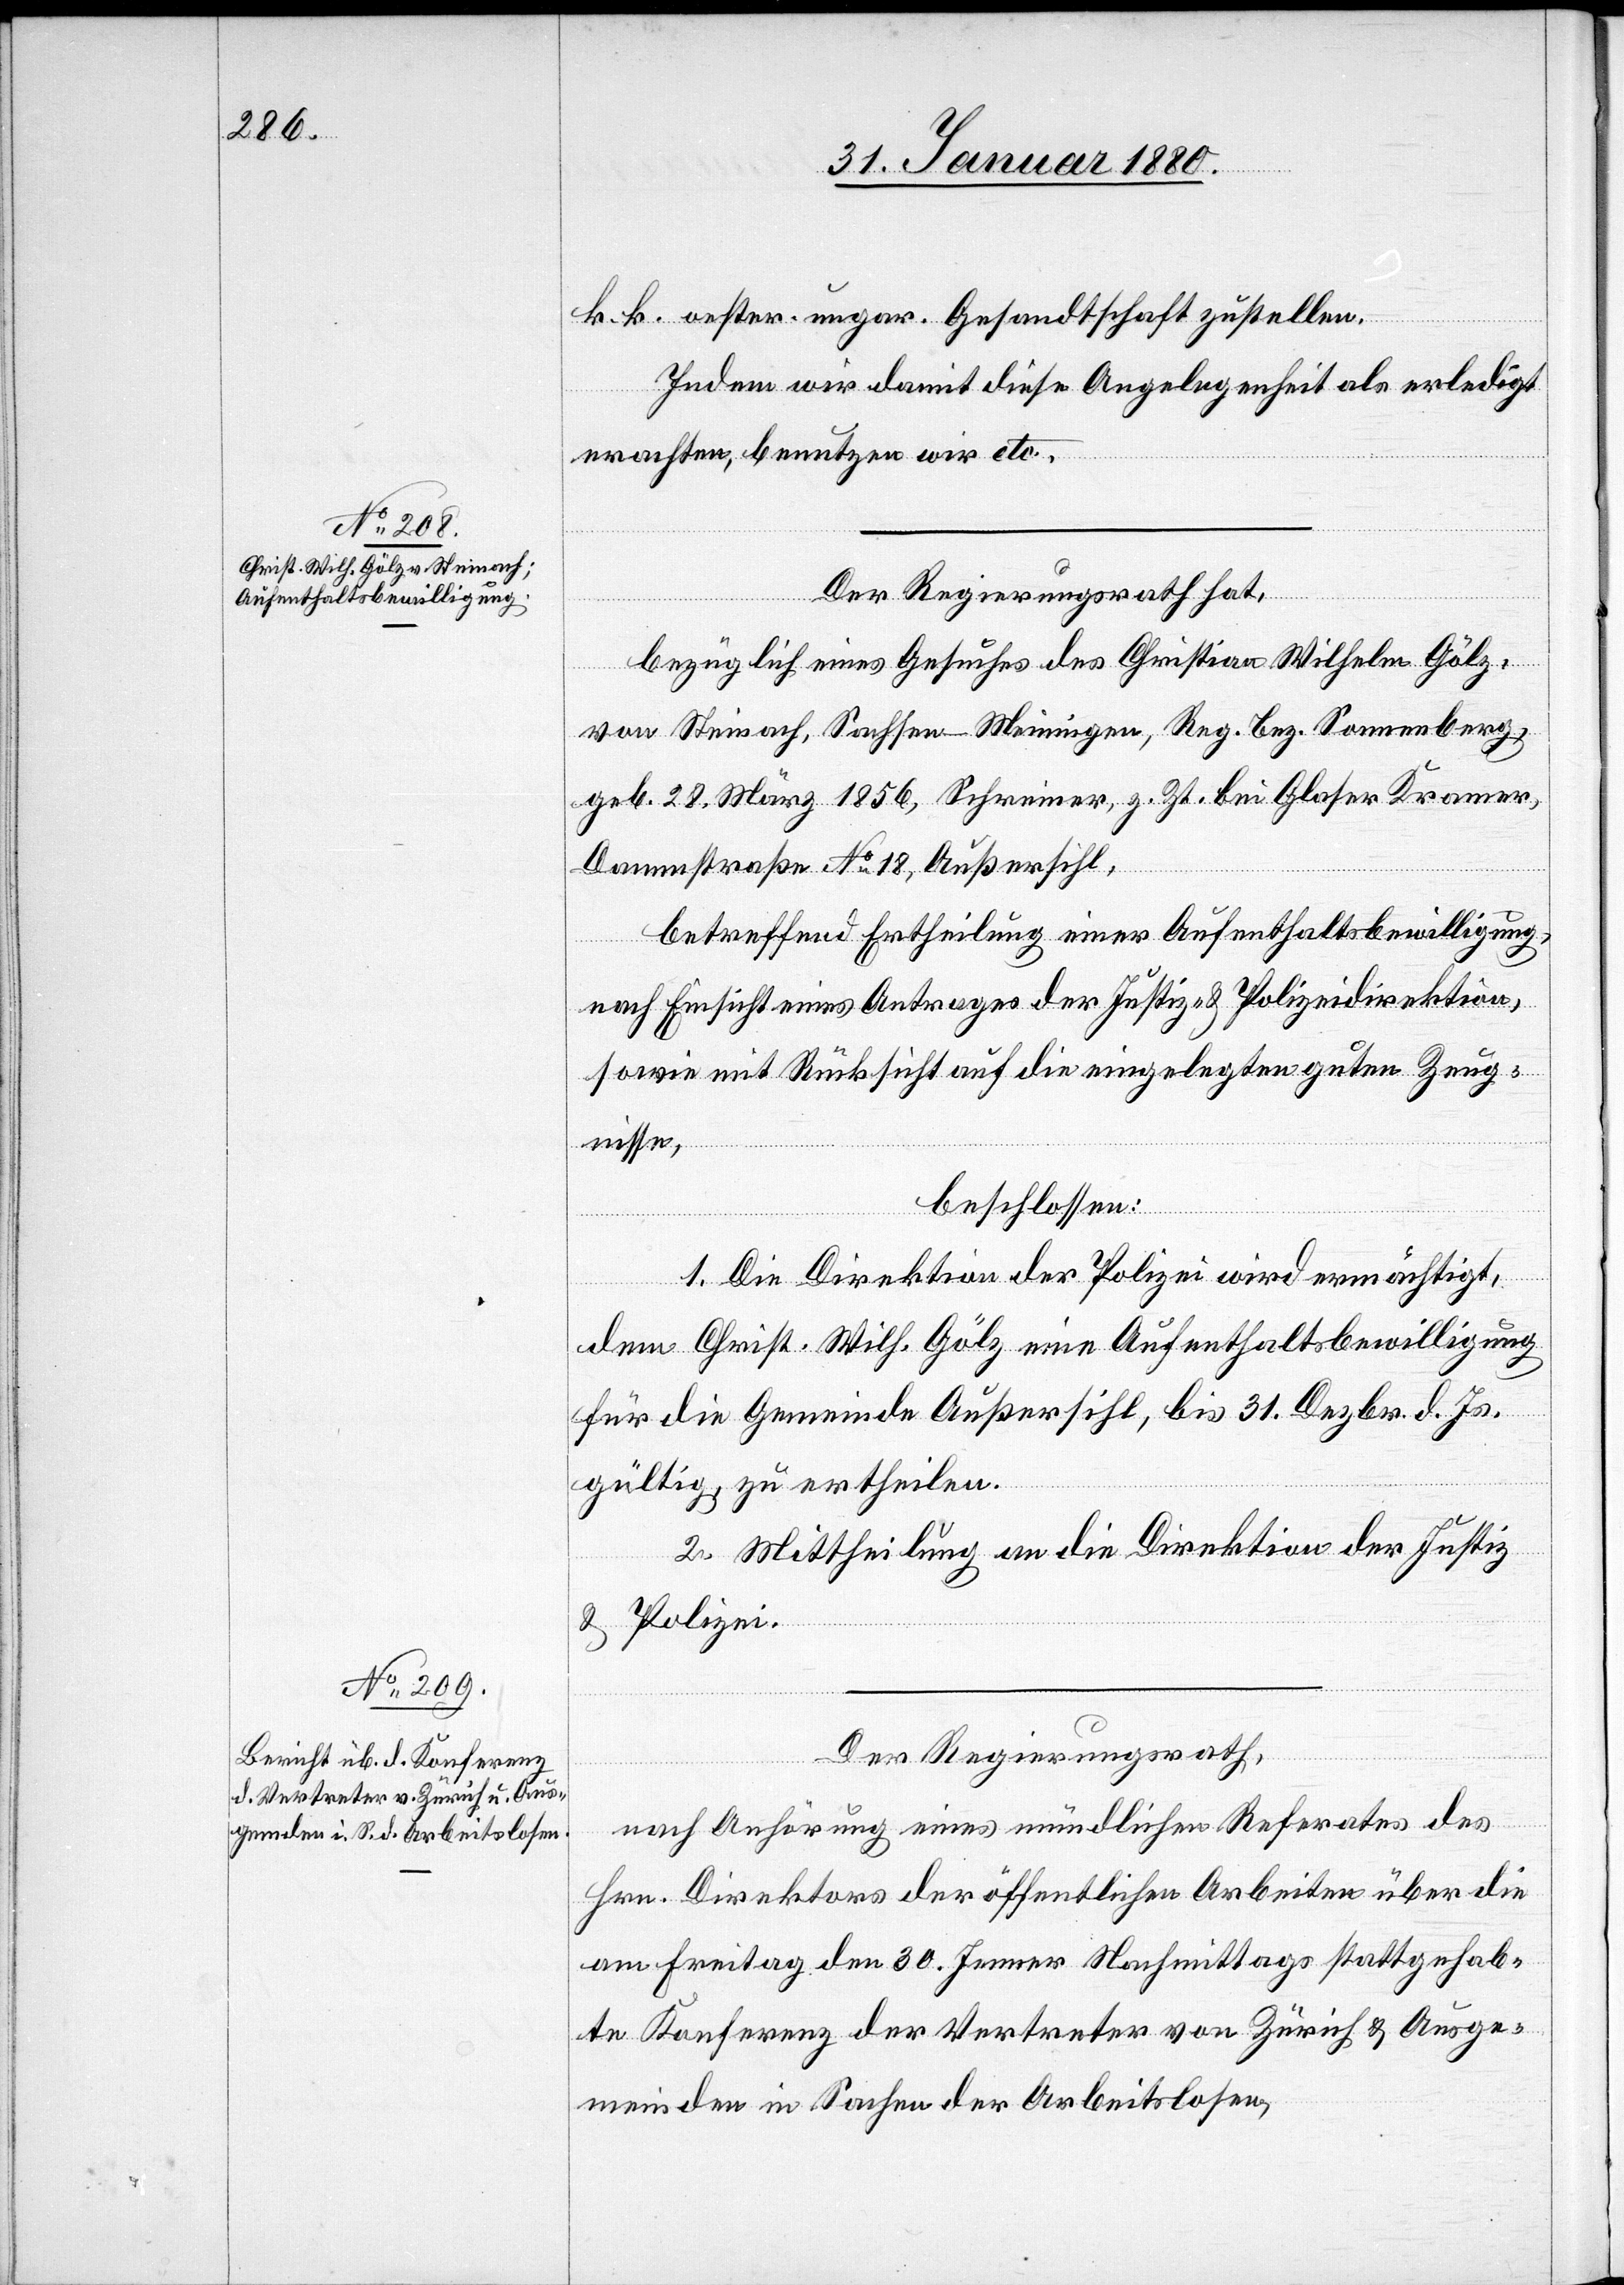
k. k. oester. ungar. Gesandtschaft zustellen.
Indem wir damit diese Angelegenheit als erledigt
erachten, benutzen wir etc.
Der Regierungsrath hat,
bezüglich eines Gesuches des Christian Wilhelm Gölz,
von Steinach, Sachen-Meiningen, Reg. Bez. Sonnenberg,
geb. 28. März 1856, Schreiner, z. Zt. bei Glaser Kramer,
Dammstraße No 18, Außersihl,
betreffend Ertheilung einer Aufenthaltsbewilligung,
nach Einsicht eines Antrages der Justiz- & Polizeidirektion,
sowie mit Rücksicht auf die eingelegten guten Zeug¬
nisse,
beschlossen:
1. Die Direktion der Polizei wird ermächtigt,
dem Christ. Wilh. Gölz eine Aufenthaltsbewilligung
für die Gemeinde Außersihl, bis 31. Dezbr. d. Js.
gültig, zu ertheilen.
2. Mittheilung an die Direktion der Justiz
& Polizei.
Der Regierungsrath,
nach Anhörung eines mündlichen Referates des
Hrn. Direktors der öffentlichen Arbeiten über die
am Freitag den 30. Jenner Nachmittags stattgehab¬
te Konferenz der Vertreter von Zürich & Ausge¬
meinden in Sachen der Arbeitslosen,